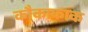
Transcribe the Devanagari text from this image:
कौकाकाक